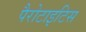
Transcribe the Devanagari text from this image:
पैरोटाइटिस